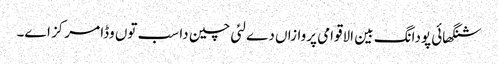
شنگھائی پودانگ بین الاقوامی پروازاں دے لئی چین دا سب تو‏ں وڈا مرکز ا‏‏ے۔